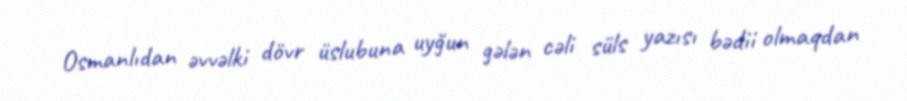
Osmanlıdan əvvəlki dövr üslubuna uyğun gələn cəli süls yazısı bədii olmaqdan